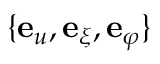
\{ { \bf e } _ { u } , { \bf e } _ { \xi } , { \bf e } _ { \varphi } \}